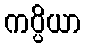
ကပ္ပိယာ